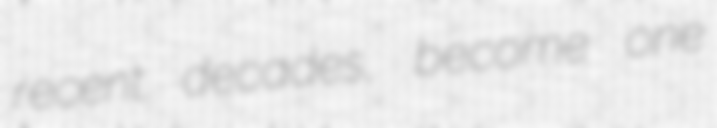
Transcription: recent decades, become one